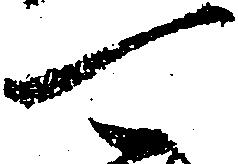
可